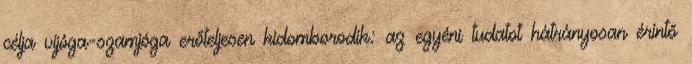
célja vijóga-szamjóga erőteljesen kidomborodik: az egyéni tudatot hátrányosan érintő